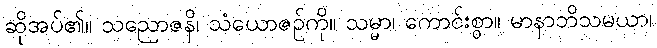
ဆိုအပ်၏။ သညောဇနိ၊ သံယောဇဉ်ကို။ သမ္မာ၊ ကောင်းစွာ။ မာနာဘိသမယာ၊